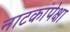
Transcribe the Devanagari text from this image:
नाटकांपेक्षा